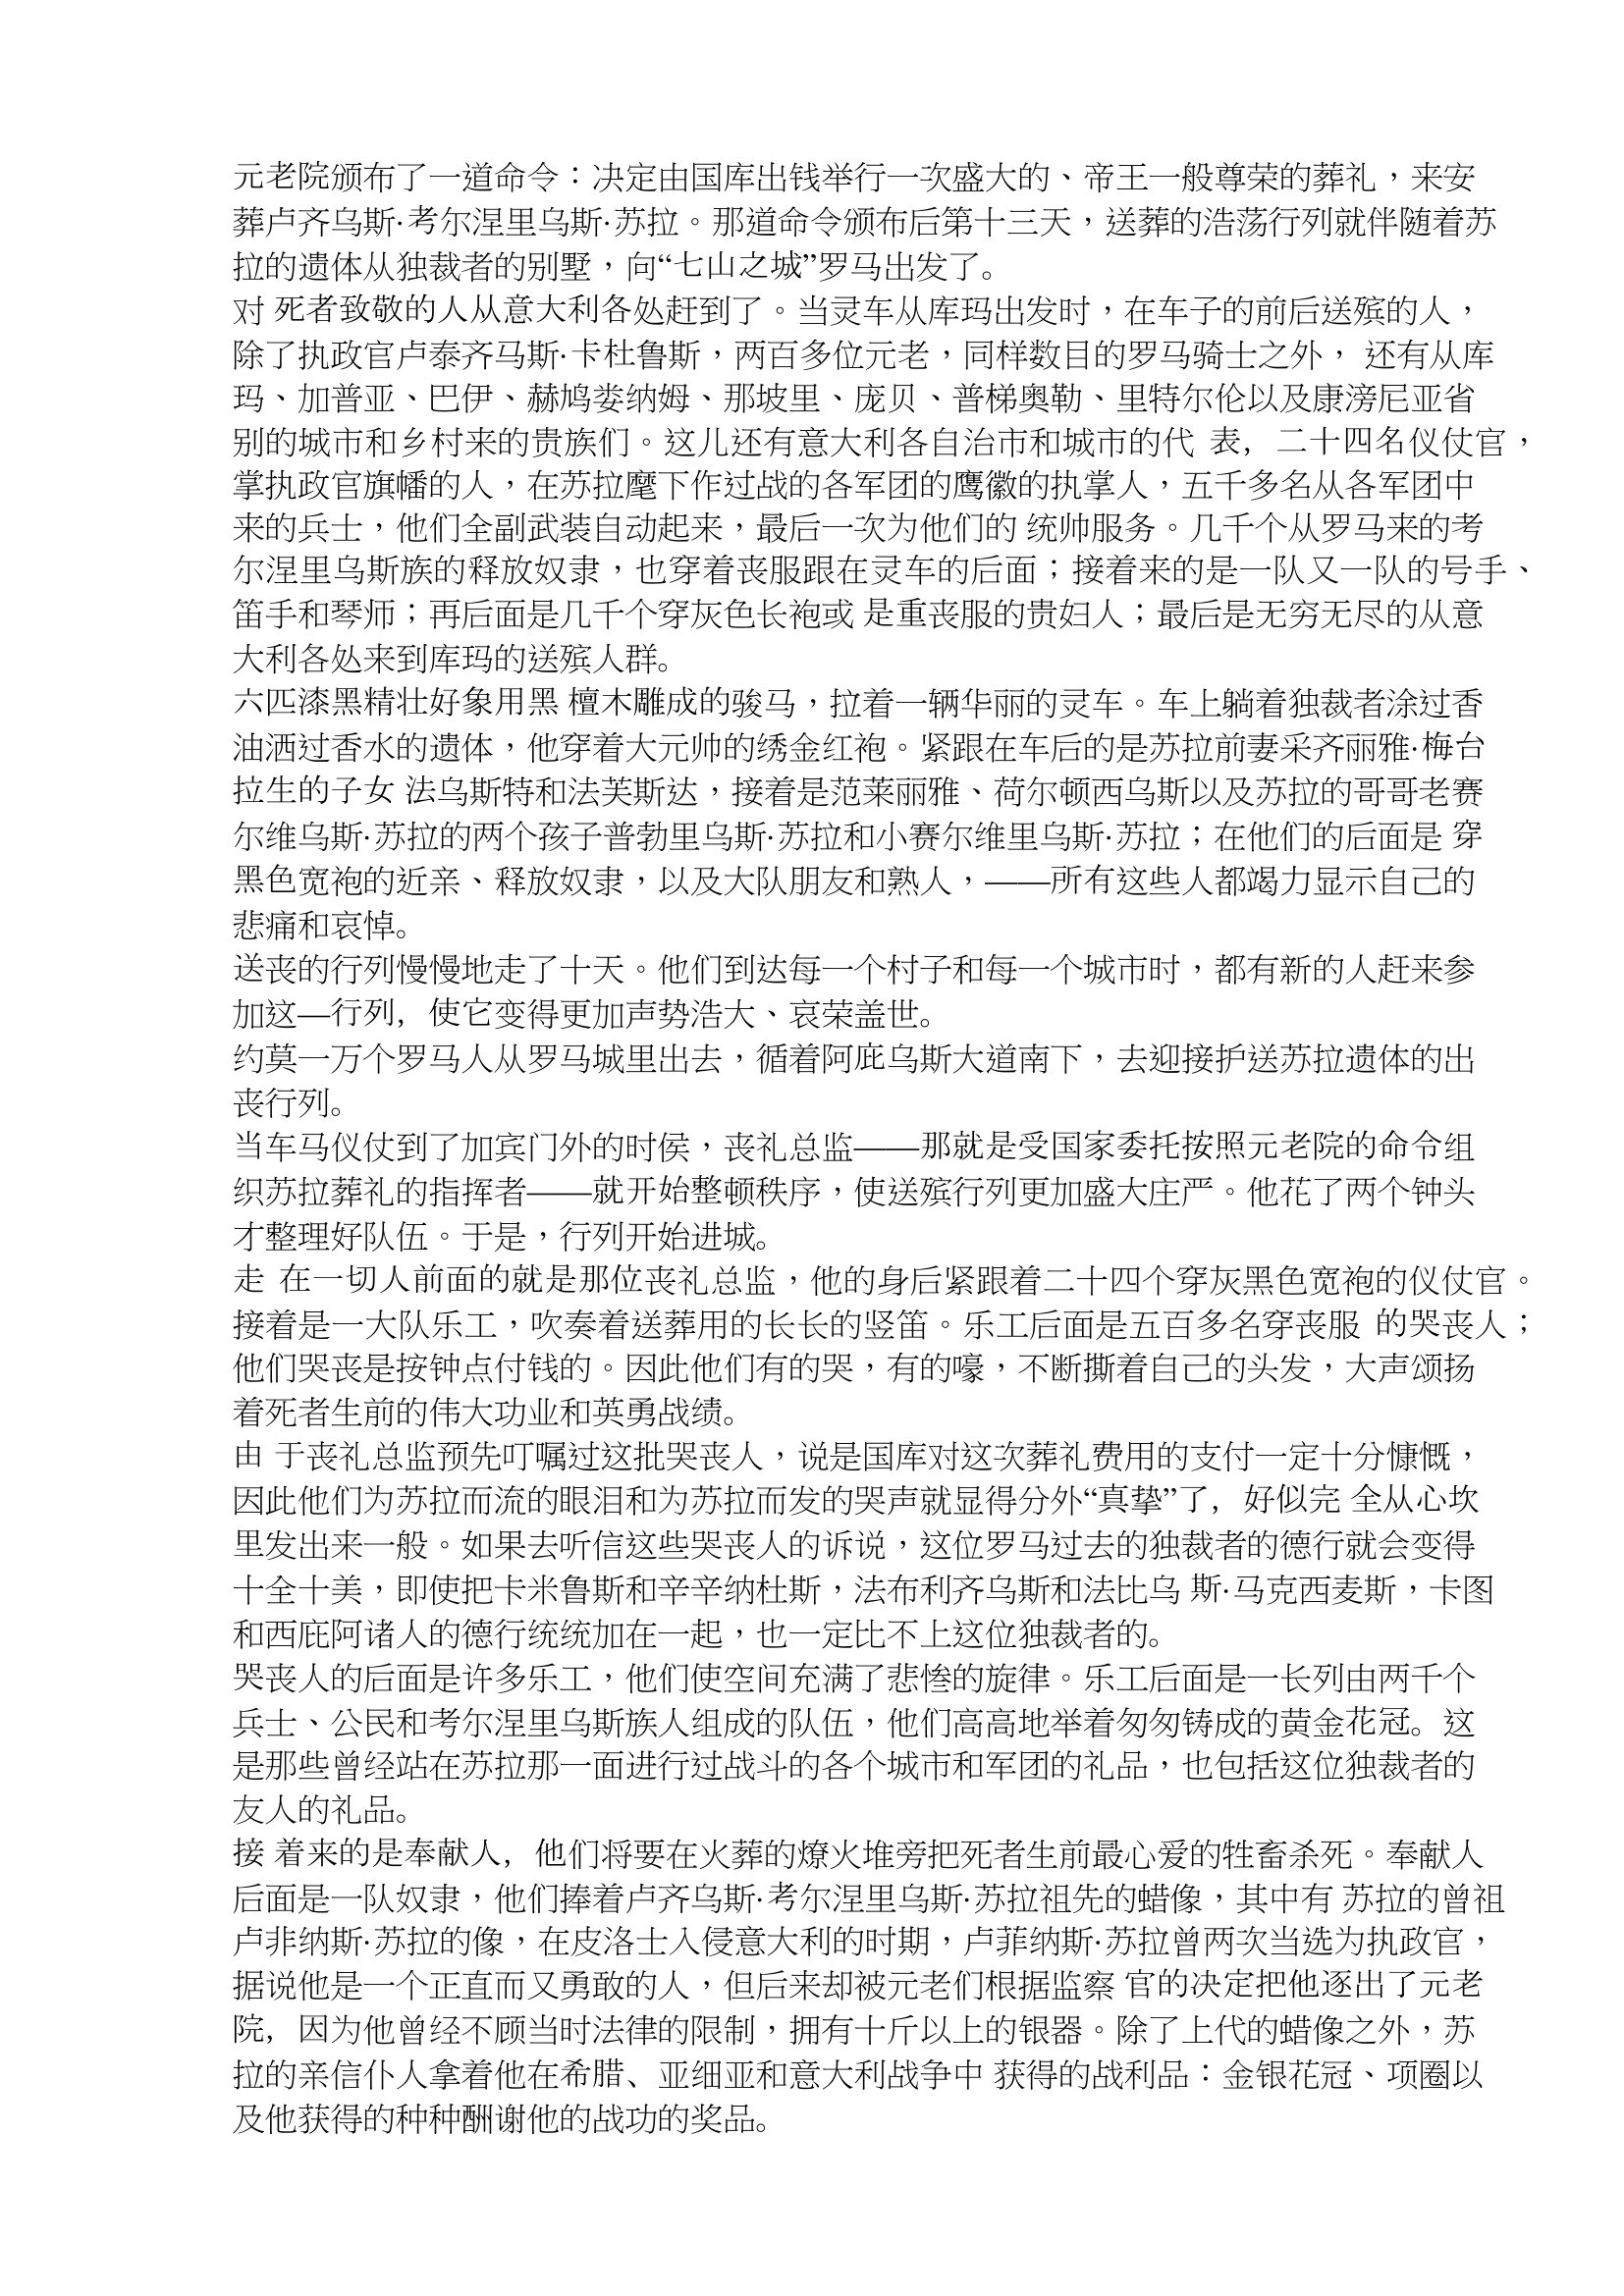
Language: zh